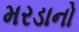
મરડાનો